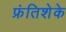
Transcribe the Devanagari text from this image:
फ्रंतिशेके